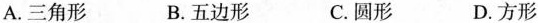
A.三角形 B.五边形 C.圆形 D.方形